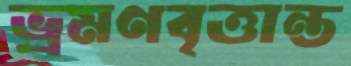
ভ্রমণবৃত্তান্ত